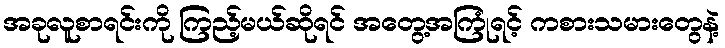
အခုလူစာရင်းကို ကြည့်မယ်ဆိုရင် အတွေ့အကြုံရင့် ကစားသမားတွေနဲ့